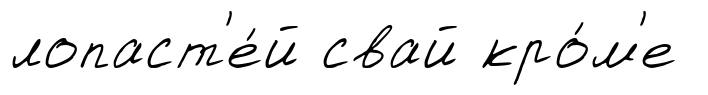
лопаст'е́й свай кро́м'е